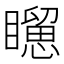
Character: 𥌐